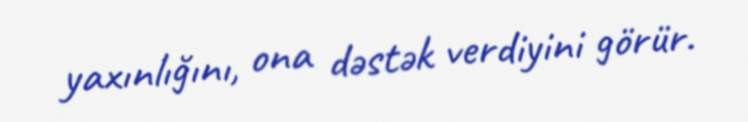
yaxınlığını, ona dəstək verdiyini görür.